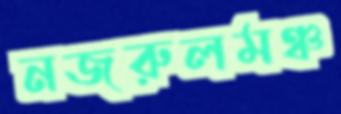
নজরুলমঞ্চ